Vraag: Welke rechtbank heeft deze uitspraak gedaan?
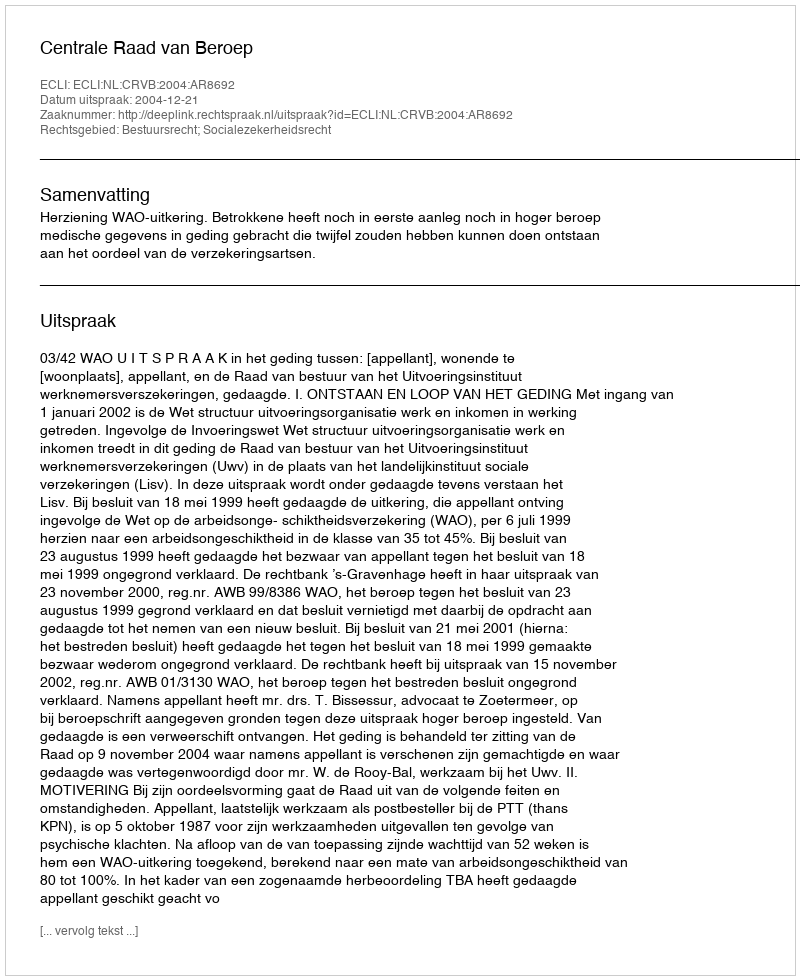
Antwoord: Centrale Raad van Beroep